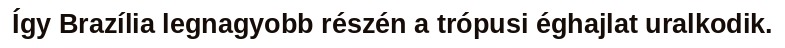
Így Brazília legnagyobb részén a trópusi éghajlat uralkodik.